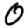
Digit: 0